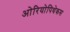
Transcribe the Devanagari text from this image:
ओरियोपिथेकस